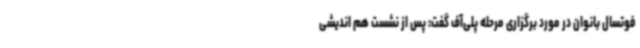
فوتسال بانوان در مورد برگزاری مرحله پلی‌آف گفت: پس از نشست هم اندیشی